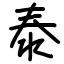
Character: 泰